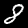
Label: 8